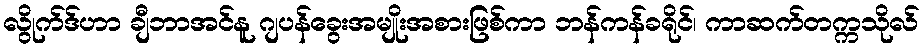
လွိုက်ဒ်ဟာ ချီဘာအင်နူ ဂျပန်ခွေးအမျိုးအစားဖြစ်ကာ ဘန်ကန်ခရိုင်၊ ကာဆက်တက္ကသိုလ်